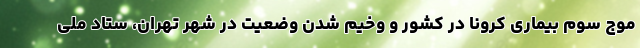
موج سوم بیماری کرونا در کشور و وخیم شدن وضعیت در شهر تهران، ستاد ملی